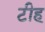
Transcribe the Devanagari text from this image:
टीह